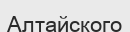
Алтайского